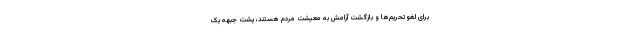
برای لغو تحریم‌ها و بازگشت آرامش به معیشت مردم هستند، پشت جبهه یک